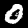
Digit: 0